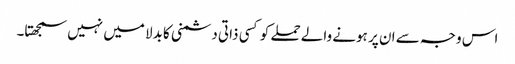
اس وجہ سے ان پر ہونے والے حملے کو کسی ذاتی دشمنی کا بدلا میں نہیں سمجھتا۔